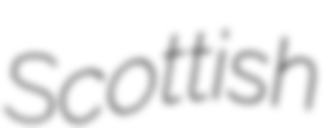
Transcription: Scottish